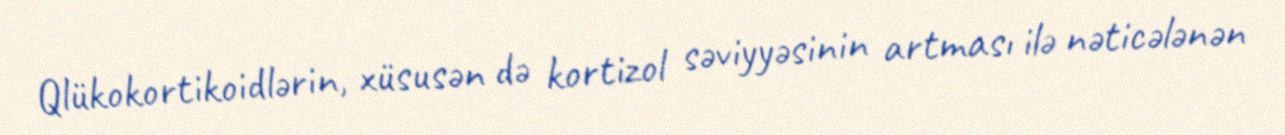
Qlükokortikoidlərin, xüsusən də kortizol səviyyəsinin artması ilə nəticələnən